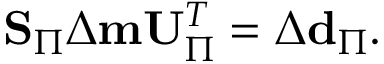
\begin{array} { r } { \mathbf { S } _ { \Pi } \Delta \mathbf { m } \mathbf { U } _ { \Pi } ^ { T } = \Delta \mathbf { d } _ { \Pi } . } \end{array}